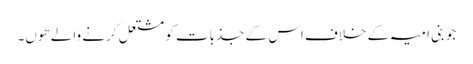
جو بنی امیہ کے خلاف اس کے جذبات کو مشتعل کرنے والے ھوں۔